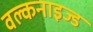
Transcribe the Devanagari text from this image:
वल्कनाइज्ड